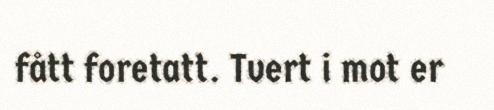
fått foretatt. Tvert i mot er